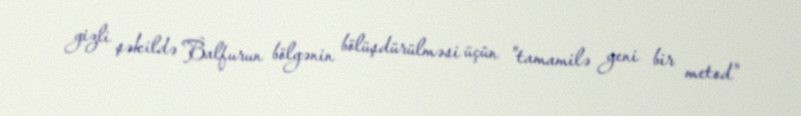
gizli şəkildə Balfurun bölgənin bölüşdürülməsi üçün "tamamilə yeni bir metod"